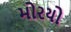
મોરયો